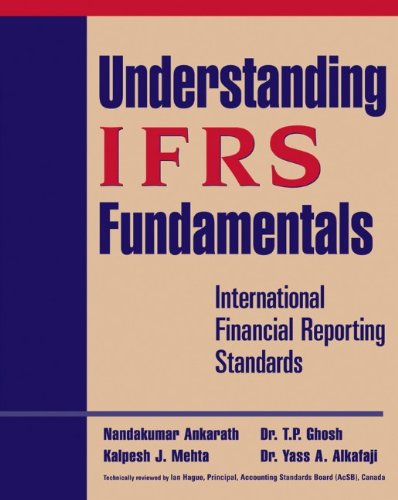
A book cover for Understanding IFRS Fundamentals: International Financial Reporting Standards; Nandakumar Ankarath; Business & Money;